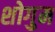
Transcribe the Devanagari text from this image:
शोगुम